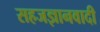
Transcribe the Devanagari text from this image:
सहजज्ञानवादी